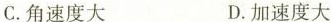
C.角速度大 D.加速度大